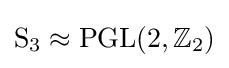
\mathrm {S} _{3}\approx \mathrm {PGL} (2,\mathbb {Z} _{2})